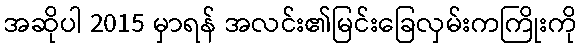
အဆိုပါ 2015 မှာရန် အလင်း၏မြင်းခြေလှမ်းကကြိုးကို